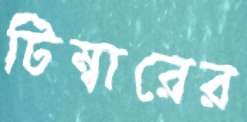
টিম্বারের